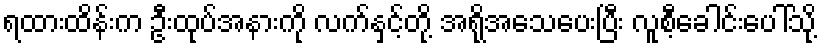
ရထားထိန်းက ဦးထုပ်အနားကို လက်နှင့်တို့ အရိုအသေပေးပြီး လူစီ့ခေါင်းပေါ်သို့